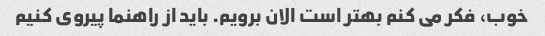
خوب، فکر می کنم بهتر است الان برویم. باید از راهنما پیروی کنیم